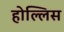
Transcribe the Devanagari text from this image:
होल्लिस